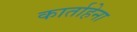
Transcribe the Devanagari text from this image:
कार्ताहेना